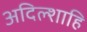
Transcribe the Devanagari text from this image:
अदिल्शाहि